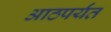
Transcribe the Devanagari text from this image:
आठपर्यंत